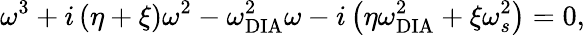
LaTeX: \omega^{3}+i\left(\eta+\xi\right)\omega^{2}-\omega_{\textrm{DIA}}^{2}\omega-i\left(\eta\omega_{\textrm{DIA}}^{2}+\xi\omega_{s}^{2}\right)=0,